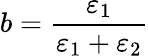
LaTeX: b=\frac{\varepsilon_{1}}{\varepsilon_{1}+\varepsilon_{2}}